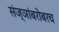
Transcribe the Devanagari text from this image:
संज्ञांबरोबरच